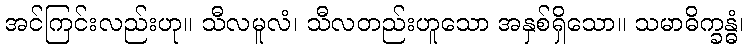
အင်ကြင်းလည်းဟု။ သီလမူလံ၊ သီလတည်းဟူသော အနှစ်ရှိသော။ သမာဓိက္ခန္ဓံ၊